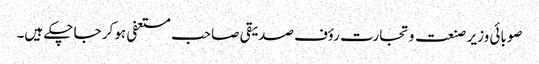
صوبائی وزیر صنعت و تجارت رؤف صدیقی صاحب مستعفی ہو کر جا چکے ہیں۔